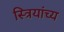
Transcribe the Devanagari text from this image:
स्त्रियांच्य